Report of the Bombay Veterinary College
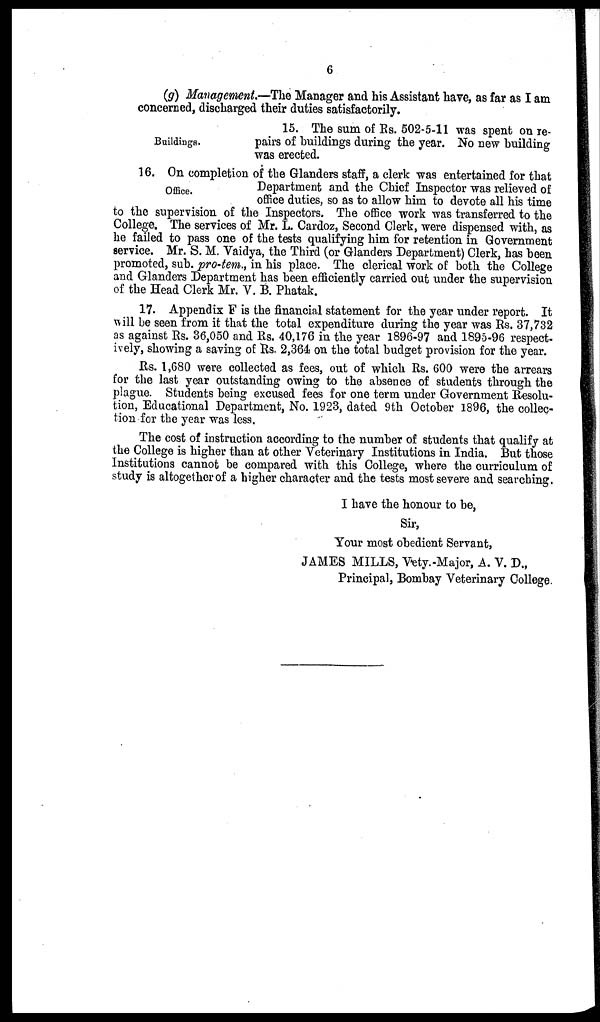
6
(g) Management.—The Manager and his Assistant have, as far as I am
concerned, discharged their duties satisfactorily.
Buildings.
15. The sum of Rs. 502-5-11 was spent on re-
pairs of buildings during the year. No new building
was erected.
Office.
16. On completion of the Glanders staff, a clerk was entertained for that
Department and the Chief Inspector was relieved of
office duties, so as to allow him to devote all his time
to the supervision of the Inspectors. The office work was transferred to the
College. The services of Mr. L. Cardoz, Second Clerk, were dispensed with, as
he failed to pass one of the tests qualifying him for retention in Government
service. Mr. S. M. Vaidya, the Third (or Glanders Department) Clerk, has been
promoted, sub. pro-tem., in his place. The clerical work of both the College
and Glanders Department has been efficiently carried out under the supervision
of the Head Clerk Mr. V. B. Phatak.
17. Appendix F is the financial statement for the year under report. It
will be seen from it that the total expenditure during the year was Rs. 37,732
as against Rs. 36,050 and Rs. 40,176 in the year 1896-97 and 1895-96 respect-
ively, showing a saving of Rs. 2,364 on the total budget provision for the year.
Rs. 1,680 were collected as fees, out of which Rs. 600 were the arrears
for the last year outstanding owing to the absence of students through the
plague. Students being excused fees for one term under Government Resolu-
tion, Educational Department, No. 1923, dated 9th October 1896, the collec-
tion for the year was less.
The cost of instruction according to the number of students that qualify at
the College is higher than at other Veterinary Institutions in India. But those
Institutions cannot be compared with this College, where the curriculum of
study is altogether of a higher character and the tests most severe and searching.
I have the honour to be,
Sir,
Your most obedient Servant,
JAMES MILLS, Vety.-Major, A. V. D.,
Principal, Bombay Veterinary College.